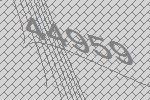
44959